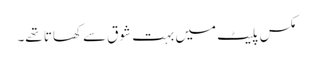
مکس پلیٹ میں بہت شوق سے کھاتا تھے۔